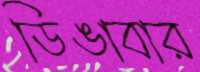
ডিঙাবার